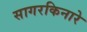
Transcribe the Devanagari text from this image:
सागरकिनारे